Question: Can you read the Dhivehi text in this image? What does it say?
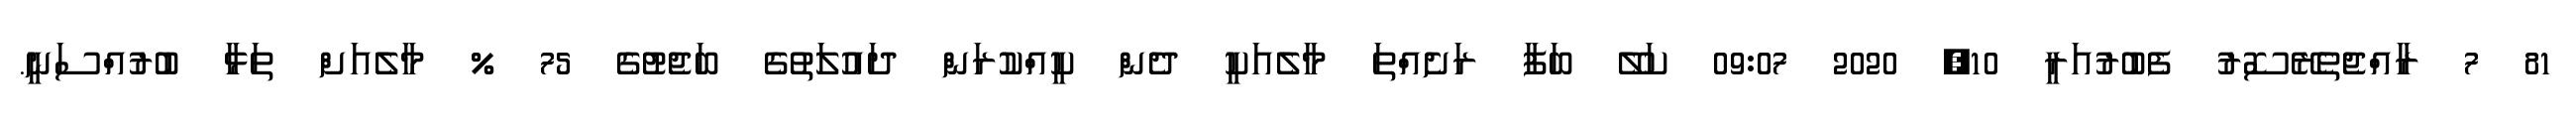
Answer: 81 7 ރާއްޖެތެރޭސޮރު ފެބުރުއަރީ 10, 2020 09:07 ކަލޭ ބަފާ ރަށެއްތަ މާލެއަކީ ދެން ކީއްކުރަން ދައުލަތުގެ ބަޖެޓުގެ 75 % މާލެއަށް ތަޅާ ބުރުއްސަނީ.